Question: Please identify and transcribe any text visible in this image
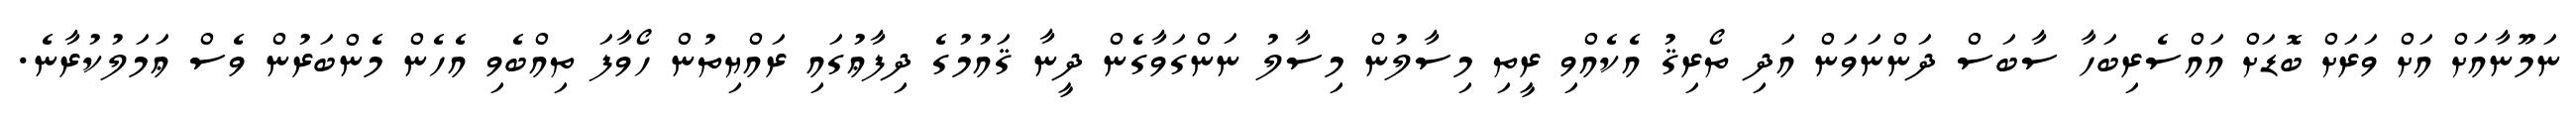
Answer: ނަމޫނާއަށް އަށް ވަރަށް ބޮޑަށް އައްސެރިބަހާ ސާބަސް ދަންނަވަން އަދި ތޯރިޤު އެކެއްވި ރީތި މިސާލުން މިސާލު ނަންގަވާގެން ދީނާ ޤައުމުގެ ދިފާޢުގައި ރައްޔިތުން ހޯވާފަ ތިއްބެވި އެހެން މެންބަރުން ވެސް ޢަމަލުކުރާނެ.